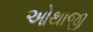
ઓથાજી